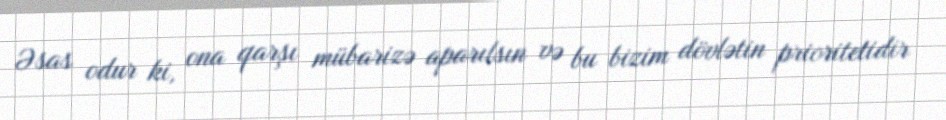
Əsas odur ki, ona qarşı mübarizə aparılsın və bu bizim dövlətin prioritetidir